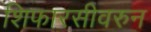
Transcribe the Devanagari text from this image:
शिफारसीवरुन